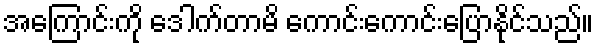
အကြောင်းကို ဒေါက်တာမိ ကောင်းကောင်းပြောနိုင်သည်။